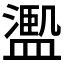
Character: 𱨩